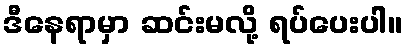
ဒီနေရာမှာ ဆင်းမလို့ ရပ်ပေးပါ။